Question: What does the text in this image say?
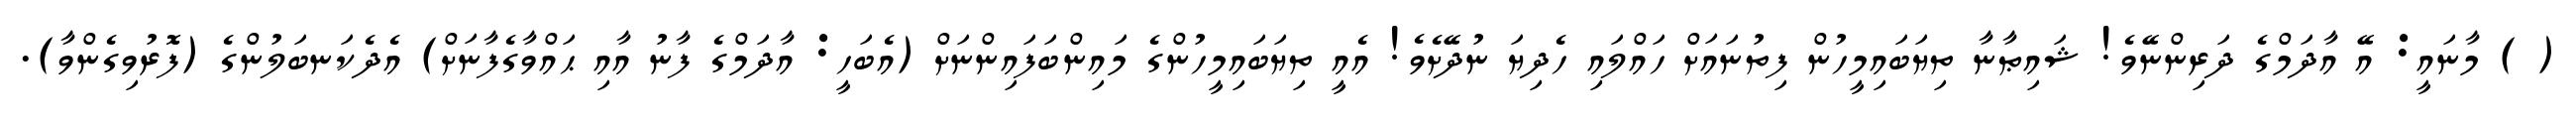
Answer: ( ) މާނައީ: އޭ އާދަމްގެ ދަރިންނޭވެ! ޝައިޠާނާ ތިޔަބައިމީހުން ފިތުނައަށް ހައްލައި ހެދިޔަ ނުދޭށެވެ! އެއީ ތިޔަބައިމީހުންގެ މައިންބަފައިންނަށް (އެބަހީ: އާދަމްގެ ފާނު އާއި ޙައްވާގެފާނަށް) އެދެކަނބަލުންގެ (ފޮރުވިގެންވާ).